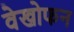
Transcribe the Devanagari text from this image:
वेखोफन